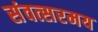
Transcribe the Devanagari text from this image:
संवत्सरमय